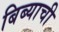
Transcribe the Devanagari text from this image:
बिब्याची